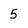
Character: 5